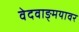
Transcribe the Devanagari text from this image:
वेदवाङ्मयावर